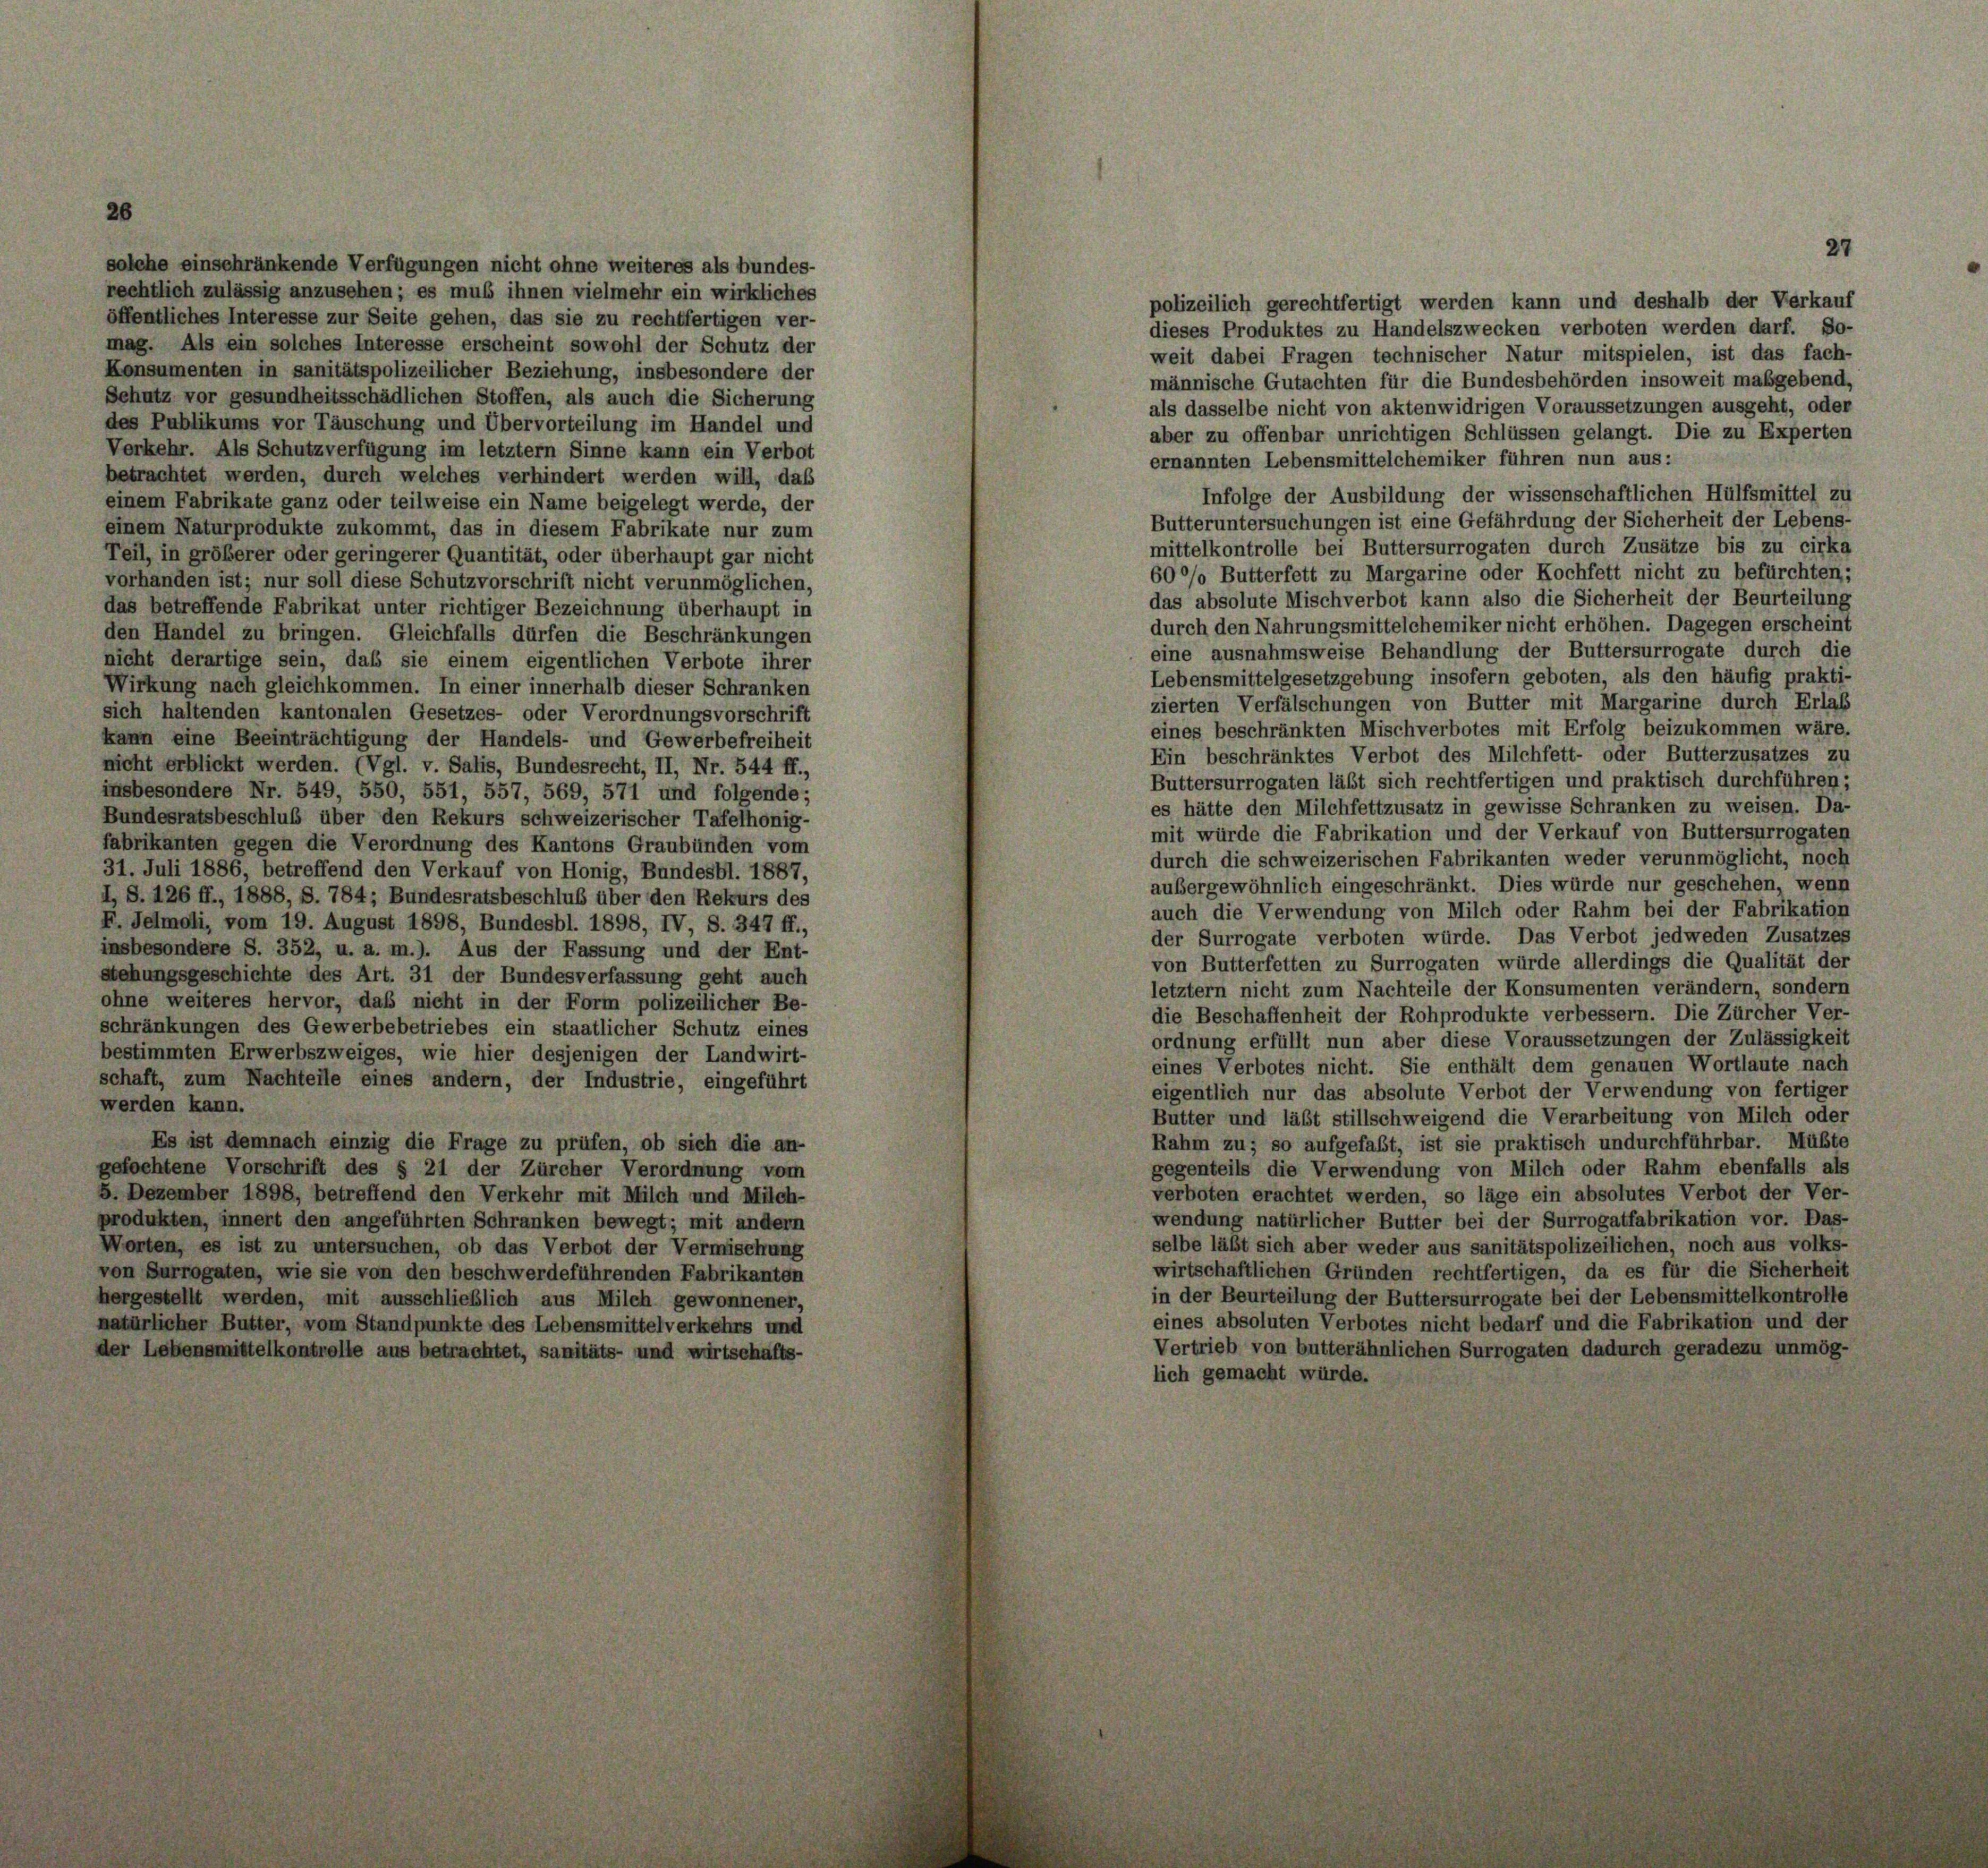
solche einschränkende Verfügungen nicht ohne weiteres als bundes-
reehtlich zulässig anzusehen; es muß ihnen vielmehr ein wirkliches
öffentliches Interesse zur Seite gehen, das sie zu rechtfertigen ver-
mag. Als ein solches Interesse erscheint sowohl der Schutz der
Konsumenten in sanitätspolizeilicher Beziehung, insbesondere der
Schutz vor gesundheitsschädlichen Stoffen, als auch die Sicherung
des Publikums vor Täuschung und Übervorteilung im Handel und
Verkehr. Als Schutzverfügung im letztem Sinne kann ein Verbot
betrachtet werden, durch welches verhindert werden will, daß
einem Fabrikate ganz oder teilweise ein Name beigelegt werde, der
einem Naturprodukte zukommt, das in diesem Fabrikate nur zum
Teil, in größerer oder geringerer Quantität, oder überhaupt gar nicht
vorhanden ist; nur soll diese Schutzvorschrift nicht verunmöglichen,
das betreffende Fabrikat unter richtiger Bezeichnung überhaupt in
den Handel zu bringen. Gleichfalls dürfen die Beschränkungen
nicht derartige sein, daß sie einem eigentlichen Verbote ihrer
Wirkung nach gleichkommen. In einer innerhalb dieser Schranken
sich haltenden kantonalen Gesetzes- oder Verordnungsvorschrift
kann eine Beeinträchtigung der Handels- und Gewerbefreiheit
nicht erblickt werden. (Vgl. v. Salis, Bundesrecht, II, Nr. 544 ff.,
insbesondere Nr. 549, 550, 551, 557, 569, 571 und folgende;
Bundesratsbeschluß über den Rekurs schweizerischer Tafelhonig-
fabrikanten gegen die Verordnung des Kantons Graubünden vom
31. Juli 1886, betreffend den Verkauf von Honig, Bundesbl. 1887,
I, S. 126 ff., 1888, S. 784; Bundesratsbeschluß über den Rekurs des
F. Jelmoli, vom 19. August 1898, Bundesbl. 1898, IV, S. 347 ff.,
insbesondere S. 352, u. a. m.). Aus der Fassung und der Ent-
stehungsgeschichte des Art. 31 der Bundesverfassung geht auch
ohne weiteres hervor, daß nicht in der Form polizeilicher Be-
schränkungen des Gewerbebetriebes ein staatlicher Schutz eines
bestimmten Erwerbszweiges, wie hier desjenigen der Landwirt-
schaft, zum Nachteile eines andern, der Industrie, eingeführt
werden kann.
Es ist demnach einzig die Frage zu prüfen, ob sich die an-
gefochtene Vorschrift des § 21 der Zürcher Verordnung vom
5. Dezember 1898, betreffend den Verkehr mit Milch und Milch-
produkten, innert den angeführten Schranken bewegt; mit andern
Worten, es ist zu untersuchen, ob das Verbot der Vermischung
von Surrogaten, wie sie von den beschwerdeführenden Fabrikanten
hergestellt werden, mit ausschließlich aus Milch gewonnener,
natürlicher Butter, vom Standpunkte des Lebensmittelverkehrs und
der Lebensmittelkontrolle aus betrachtet, sanitäts- und wirtschafts-

weit dabei Fragen technischer Natur mitspielen, ist das fach-
männische Gutachten für die Bundesbehörden insoweit maßgebend,
als dasselbe nicht von aktenwidrigen Voraussetzungen ausgeht, oder
aber zu offenbar unrichtigen Schlüssen gelangt. Die zu Experten
ernannten Lebensmittelchemiker führen nun aus:
Infolge der Ausbildung der wissenschaftlichen Hülfsmittel zu
Butteruntersuchungen ist eine Gefährdung der Sicherheit der Lebens-
mittelkontrolle bei Buttersurrogaten durch Zusätze bis zu cirka
60%% Butterfett zu Margarine oder Kochfett nicht zu befürchten;
das absolute Mischverbot kann also die Sicherheit der Beurteilung
durch den Nahrungsmittelchemiker nicht erhöhen. Dagegen erscheint
eine ausnahmsweise Behandlung der Buttersurrogate durch die
Lebensmittelgesetzgebung insofern geboten, als den häufig prakti-
zierten Verfälschungen von Butter mit Margarine durch Erlaß
eines beschränkten Misch verbotes mit Erfolg beizukommen wäre.
Ein beschränktes Verbot des Milchfett- oder Butterzusatzes zu
Buttersurrogaten läßt sich rechtfertigen und praktisch durchführen;
es hätte den Milchfettzusatz in gewisse Schranken zu weisen. Da-
mit würde die Fabrikation und der Verkauf von Buttersurrogaten
durch die schweizerischen Fabrikanten weder verunmöglicht, noch
außergewöhnlich eingeschränkt. Dies würde nur geschehen, wenn
auch die Verwendung von Milch oder Rahm bei der Fabrikation
der Surrogate verboten würde. Das Verbot jedweden Zusatzes
von Butterfetten zu Surrogaten würde allerdings die Qualität der
letztem nicht zum Nachteile der Konsumenten verändern, sondern
die Beschaffenheit der Rohprodukte verbessern. Die Zürcher Ver-
ordnung erfüllt nun aber diese Voraussetzungen der Zulässigkeit
eines Verbotes nicht. Sie enthält dem genauen Wortlaute nach
eigentlich nur das absolute Verbot der Verwendung von fertiger
Butter und läßt stillschweigend die Verarbeitung von Milch oder
Rahm zu; so aufgefaßt, ist sie praktisch undurchführbar. Müßte
gegenteils die Verwendung von Milch oder Rahm ebenfalls als
verboten erachtet werden, so läge ein absolutes Verbot der Ver-
wendung natürlicher Butter bei der Surrogatfabrikation vor. Das-
selbe läßt sich aber weder aus sanitätspolizeilichen, noch aus volks-
wirtschaftlichen Gründen rechtfertigen, da es für die Sicherheit
in der Beurteilung der Buttersurrogate bei der Lebensmittelkontrolle
eines absoluten Verbotes nicht bedarf und die Fabrikation und der
Vertrieb von butterähnlichen Surrogaten dadurch geradezu unmög-
lich gemacht würde.

polizeilich gerechtfertigt werden kann und deshalb der Verkauf
dieses Produktes zu Handelszwecken verboten werden darf. So-

27